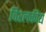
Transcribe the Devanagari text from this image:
विश्लकीय